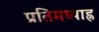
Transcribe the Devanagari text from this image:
प्रतिमध्याह्न